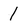
Character: 1